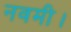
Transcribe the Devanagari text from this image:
नवमी।